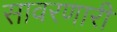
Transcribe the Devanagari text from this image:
सावरणारी